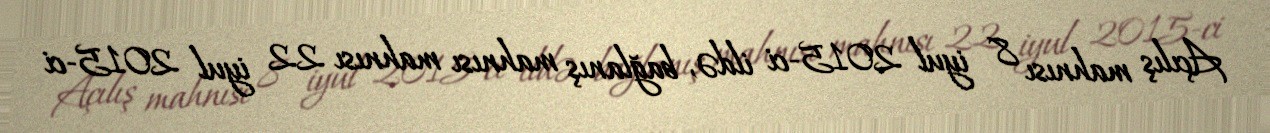
Açılış mahnısı 8 iyul 2015-ci ildə, bağlanış mahnısı mahnısı 22 iyul 2015-ci